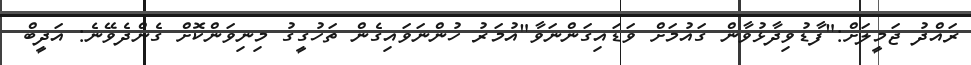
ރައްދު ޖަމީލަށް:"ފާޑުވިދާޅުވާން ގައުމަށް ވަޑައިގަންނަވާ"އުމަރު ހުންނަވައިގެން ތަހުގީގު މިނިވަންކޮށް ގެންދެވޭނެ: އަދީބް